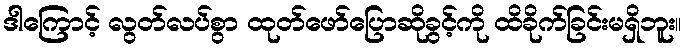
ဒါကြောင့် လွတ်လပ်စွာ ထုတ်ဖော်ပြောဆိုခွင့်ကို ထိခိုက်ခြင်းမရှိဘူး။